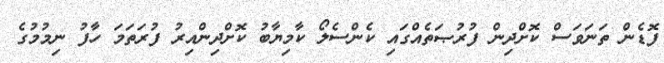
ފޮޑެން ތަނަވަސް ކޮށްދިން ފުރުޞަތެއްގައި ކެންސެލޯ ކާމިޔާބު ކޮށްދިންއިރު ފުރަތަމަ ހާފު ނިމުމުގެ